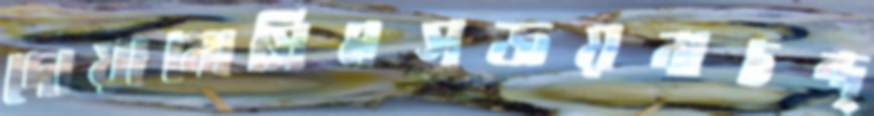
দোয়ানোস্লিমসজয়নাচন্দ্